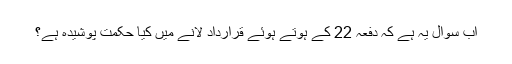
اب سوال یہ ہے کہ دفعہ 22 کے ہوتے ہوئے قرارداد لانے میں کیا حکمت پوشیدہ ہے؟